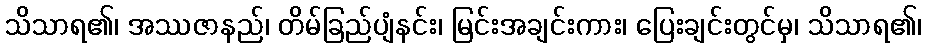
သိသာရ၏၊ အဿဇာနည်၊ တိမ်ခြည်ပျံနင်း၊ မြင်းအချင်းကား၊ ပြေးချင်းတွင်မှ၊ သိသာရ၏၊